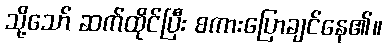
သို့သော် ဆက်ထိုင်ပြီး စကားပြောချင်နေ၏။